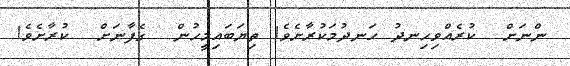
ންނަށް  ކުރެއްވިހިނދު ހަނދުމަކުރާށެވެ! ތިޔަބައިމީހުން  ގެފާނަށް  ކުރާށެވެ!